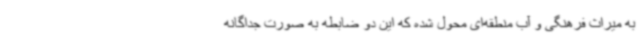
به میراث فرهنگی و آب منطقه‌ای محول شده که این دو ضابطه به صورت جداگانه